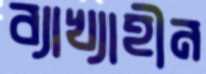
ব্যাখ্যাহীন